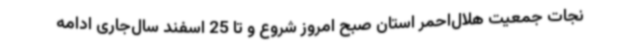
نجات جمعیت هلال‌احمر استان صبح امروز شروع و تا 25 اسفند سال‌جاری ادامه